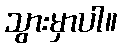
သွားမှာပါ။